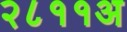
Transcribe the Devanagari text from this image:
२८११अ